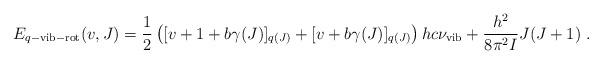
LaTeX: \begin{align*}E_{q-\rm vib-rot}(v,J)={1\over 2}\left([v+1+b\gamma(J)]_{q(J)}+[v+b\gamma(J)]_{q(J)}\right)hc\nu_{\rm vib}+\frac{h^2}{8\pi^2I}J(J+1)~.\end{align*}